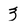
Character: 3